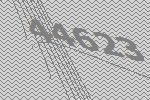
44623